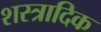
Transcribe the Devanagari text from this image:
शस्त्रादिक